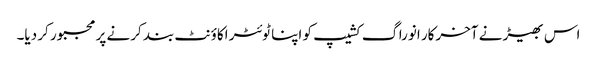
اس بھیڑ نے آخرکار انوراگ کشیپ کو اپنا ٹوئٹر اکاؤنٹ بند کرنے پر مجبور کر دیا۔